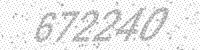
Solution: 672240